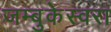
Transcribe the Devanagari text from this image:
जम्बुकेस्वरा